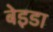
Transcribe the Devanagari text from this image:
बेइडा